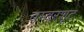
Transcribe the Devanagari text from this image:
बम्बरशूट